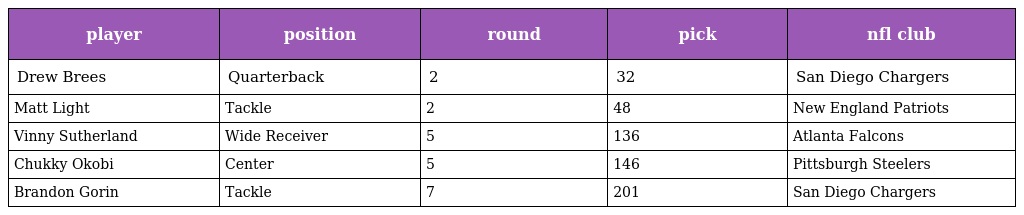
| player | position | round | pick | nfl club |
 | --- | --- | --- | --- | --- |
 | Drew Brees | Quarterback | 2 | 32 | San Diego Chargers |
 | Matt Light | Tackle | 2 | 48 | New England Patriots |
 | Vinny Sutherland | Wide Receiver | 5 | 136 | Atlanta Falcons |
 | Chukky Okobi | Center | 5 | 146 | Pittsburgh Steelers |
 | Brandon Gorin | Tackle | 7 | 201 | San Diego Chargers |